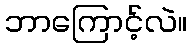
ဘာကြောင့်လဲ။